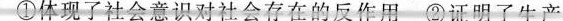
①体现了社会意识对社会存在的反作用②证明了生产